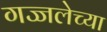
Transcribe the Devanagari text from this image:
गज्जलेच्या